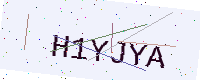
Text: H1YJYA